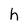
Character: h